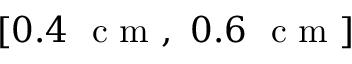
[ 0 . 4 ~ \mathrm { ~ c ~ m ~ } , ~ 0 . 6 ~ \mathrm { ~ c ~ m ~ } ]